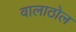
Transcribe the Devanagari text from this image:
वालाठोल